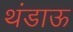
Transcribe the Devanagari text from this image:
थंडाऊ